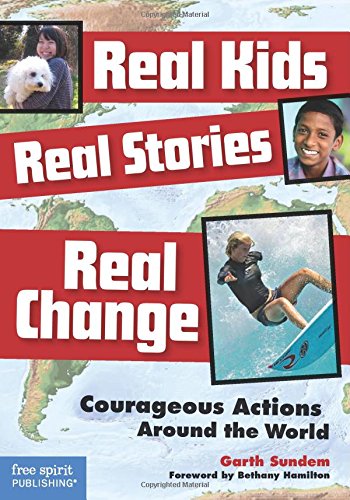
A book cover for Real Kids, Real Stories, Real Change: Courageous Actions Around the World; Garth Sundem; Children's Books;